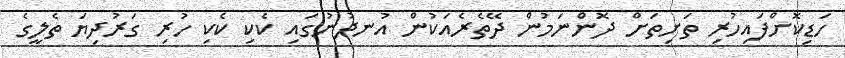
ހަޑިކޮށްފައިހުރި ތަށިތަށް ދޮންނަމުން ދޭތެރެއަކުން އުނދުނުގައި ކެކި ކެކި ހުރި ގަރުދިޔަ ތެލީގެ